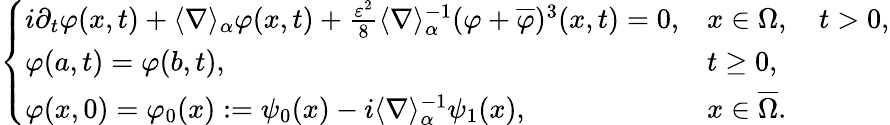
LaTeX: \left\{ \begin{array}{ll}{i\partial_{t}\varphi(x,t)+\langle\nabla\rangle_{\alpha}\varphi(x,t)+\frac{\varepsilon^{2}}{8}\langle\nabla\rangle_{\alpha}^{-1}(\varphi+\overline{{\varphi}})^{3}(x,t)=0,}&{x\in\Omega,\quad t>0,}\\ {\varphi(a,t)=\varphi(b,t),}&{t\geq 0,}\\ {\varphi(x,0)=\varphi_{0}(x):=\psi_{0}(x)-i\langle\nabla\rangle_{\alpha}^{-1}\psi_{1}(x),}&{x\in\overline{{\Omega}}.}\end{array}\right.